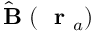
\hat { \mathrm { ~ \bf ~ B ~ } } ( \mathrm { ~ \bf ~ r ~ } _ { a } )